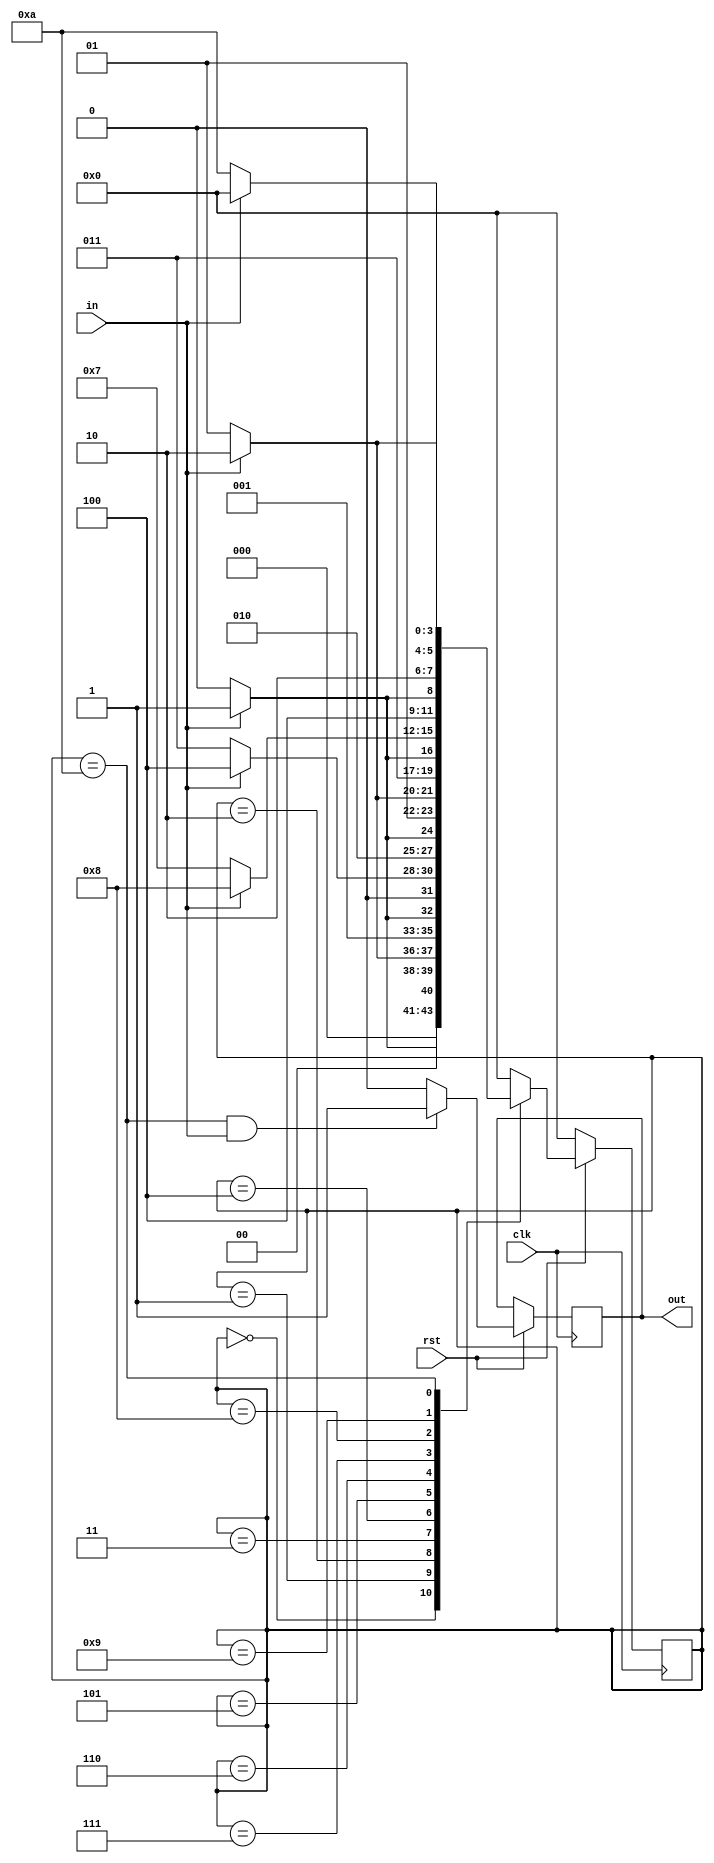
module counter4(in,out,clk, rst);

	input clk, in, rst;
	output reg out;
	
	reg [3:0] sta;
	reg [3:0] stn;
	
	always @(*) begin
		
		case (sta)
		
			4'd0: stn = in? 4'd1:4'd0;	// if input is 1 go to next state
			4'd1: stn = in? 4'd2:4'd1;	// if input is 0, stay
			4'd2: stn = in? 4'd3:4'd2;
			4'd3: stn = in? 4'd4:4'd3;
			4'd4: stn = in? 4'd5:4'd4;
			4'd5: stn = in? 4'd6:4'd5;
			4'd6: stn = in? 4'd7:4'd6;
			4'd7: stn = in? 4'd8:4'd7;
			4'd8: stn = in? 4'd9:4'd8;
			4'd9: stn = in? 4'd10:4'd9;
			4'd10: stn = in? 4'd0:4'd10;
			default: stn = 0;
					
		endcase	
		
	end
	
	
	always @(posedge clk) begin
		if (rst) begin
			if (sta == 4'd10 && in == 4'd1)
				out <= 1'b1;
			
			else 
			out <= 1'b0;
			
			sta <= stn;
		end	
			
		else 
		sta <= 4'd0;
	end
	
endmodule